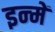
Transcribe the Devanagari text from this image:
इन्‍में